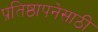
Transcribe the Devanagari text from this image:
प्रतिष्ठापनेसाठी